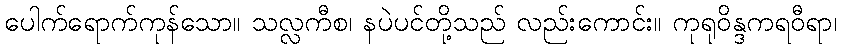
ပေါက်ရောက်ကုန်သော။ သလ္လကီစ၊ နပဲပင်တို့သည် လည်းကောင်း။ ကုရုဝိန္ဒကရဝီရာ၊